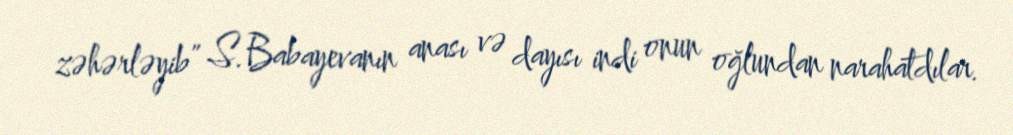
zəhərləyib” S.Babayevanın anası və dayısı indi onun oğlundan narahatdılar.